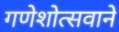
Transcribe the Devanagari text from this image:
गणेशोत्सवाने